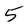
Character: 5